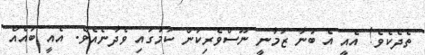
ތެދެކެވެ! އެއީ އެ ބުނާ ޒަމާނީ ނޫސްވެރިކަން ކަމުގައި ވެދާނެއެވެ. އެއީ ބައެއް